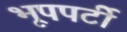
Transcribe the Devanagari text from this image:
भूपपर्टी